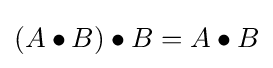
(A\bullet B)\bullet B=A\bullet B